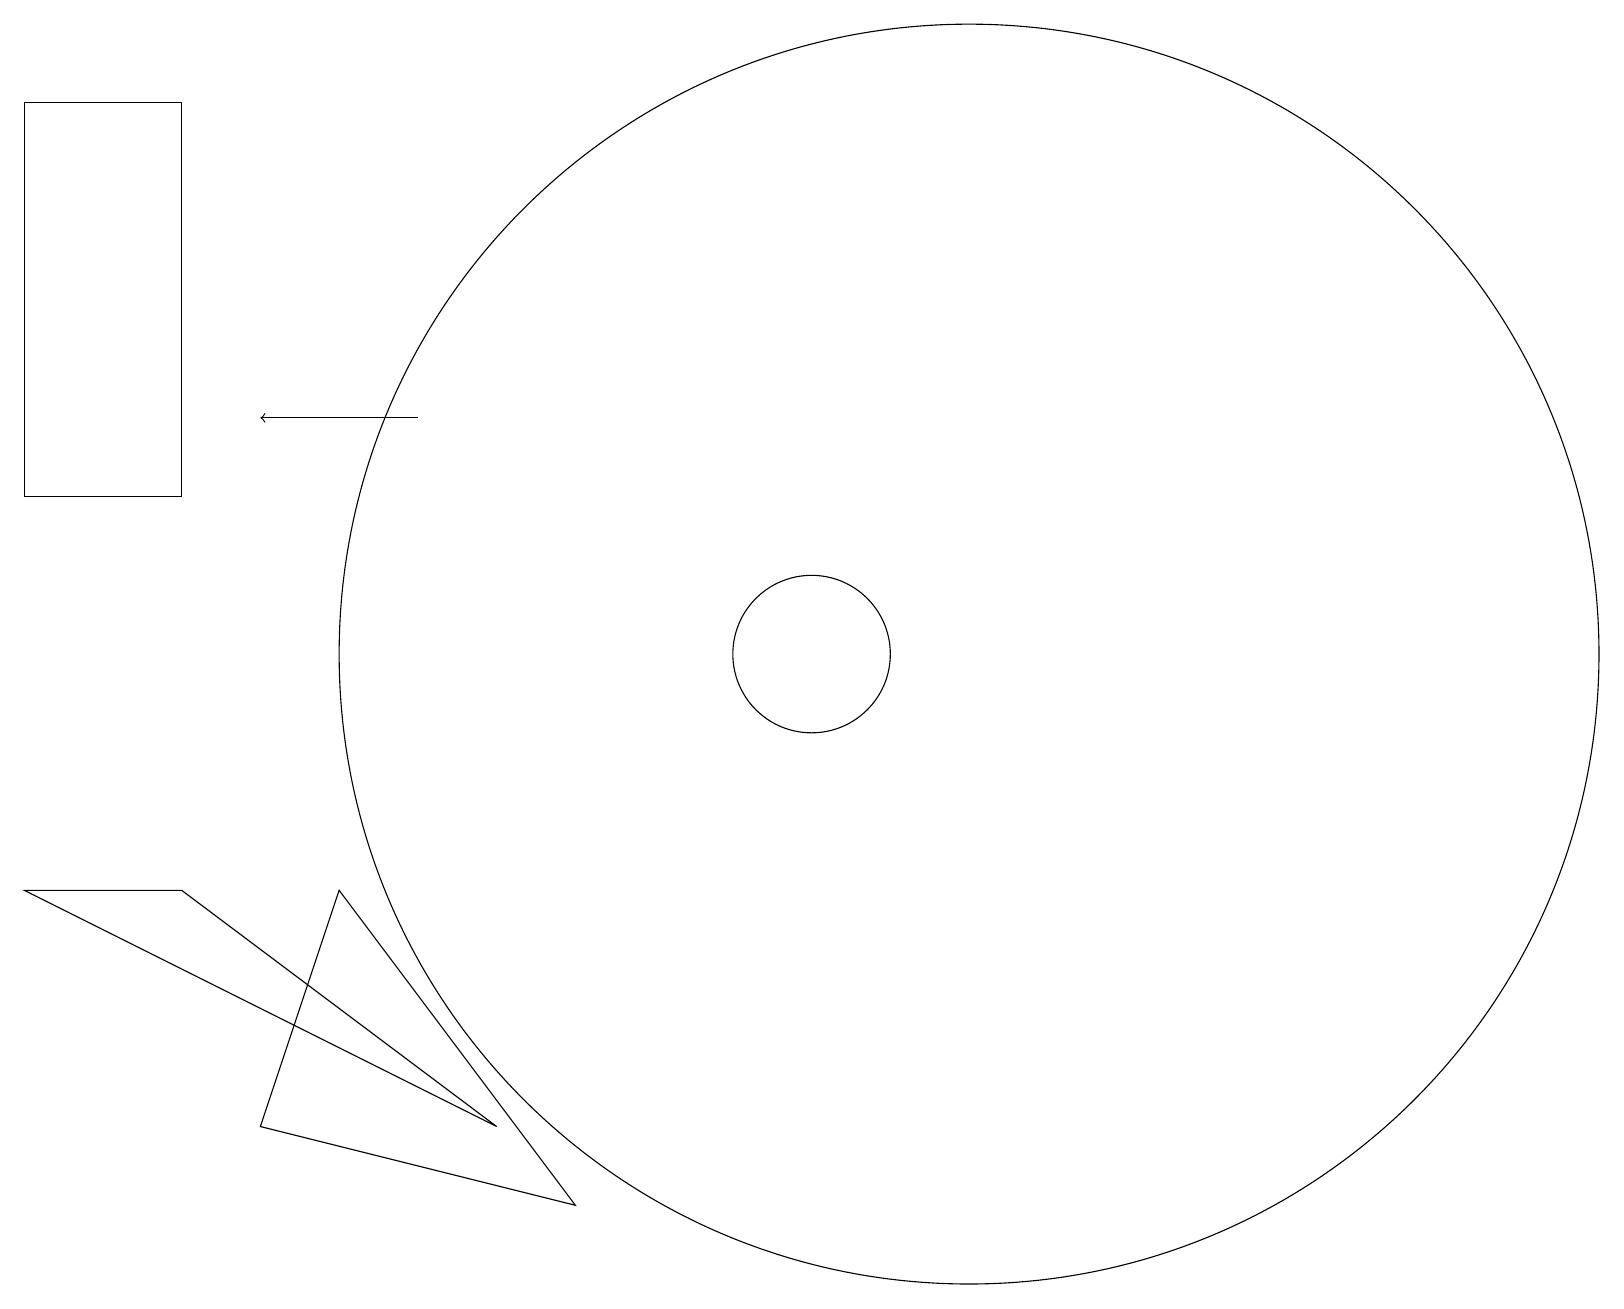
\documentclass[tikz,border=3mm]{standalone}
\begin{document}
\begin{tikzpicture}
\draw (0,18) rectangle (2,13);
\draw[->] (5,14) -- (3,14);
\draw (0,8) -- (2,8) -- (6,5) -- cycle;
\draw (12,11) circle (8);
\draw (4,8) -- (7,4) -- (3,5) -- cycle;
\draw (10,11) circle (1);
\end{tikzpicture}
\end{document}